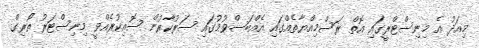
މިއަދު އެ މިނިސްޓްރީގައި އޮތް ރަސްމިއްޔާތެއްގައި އެއްބަސްވުމުގައި ސަރުކާރުން ސޮއިކުރެއްވީ މިނިސްޓަރު ތޯރިގް